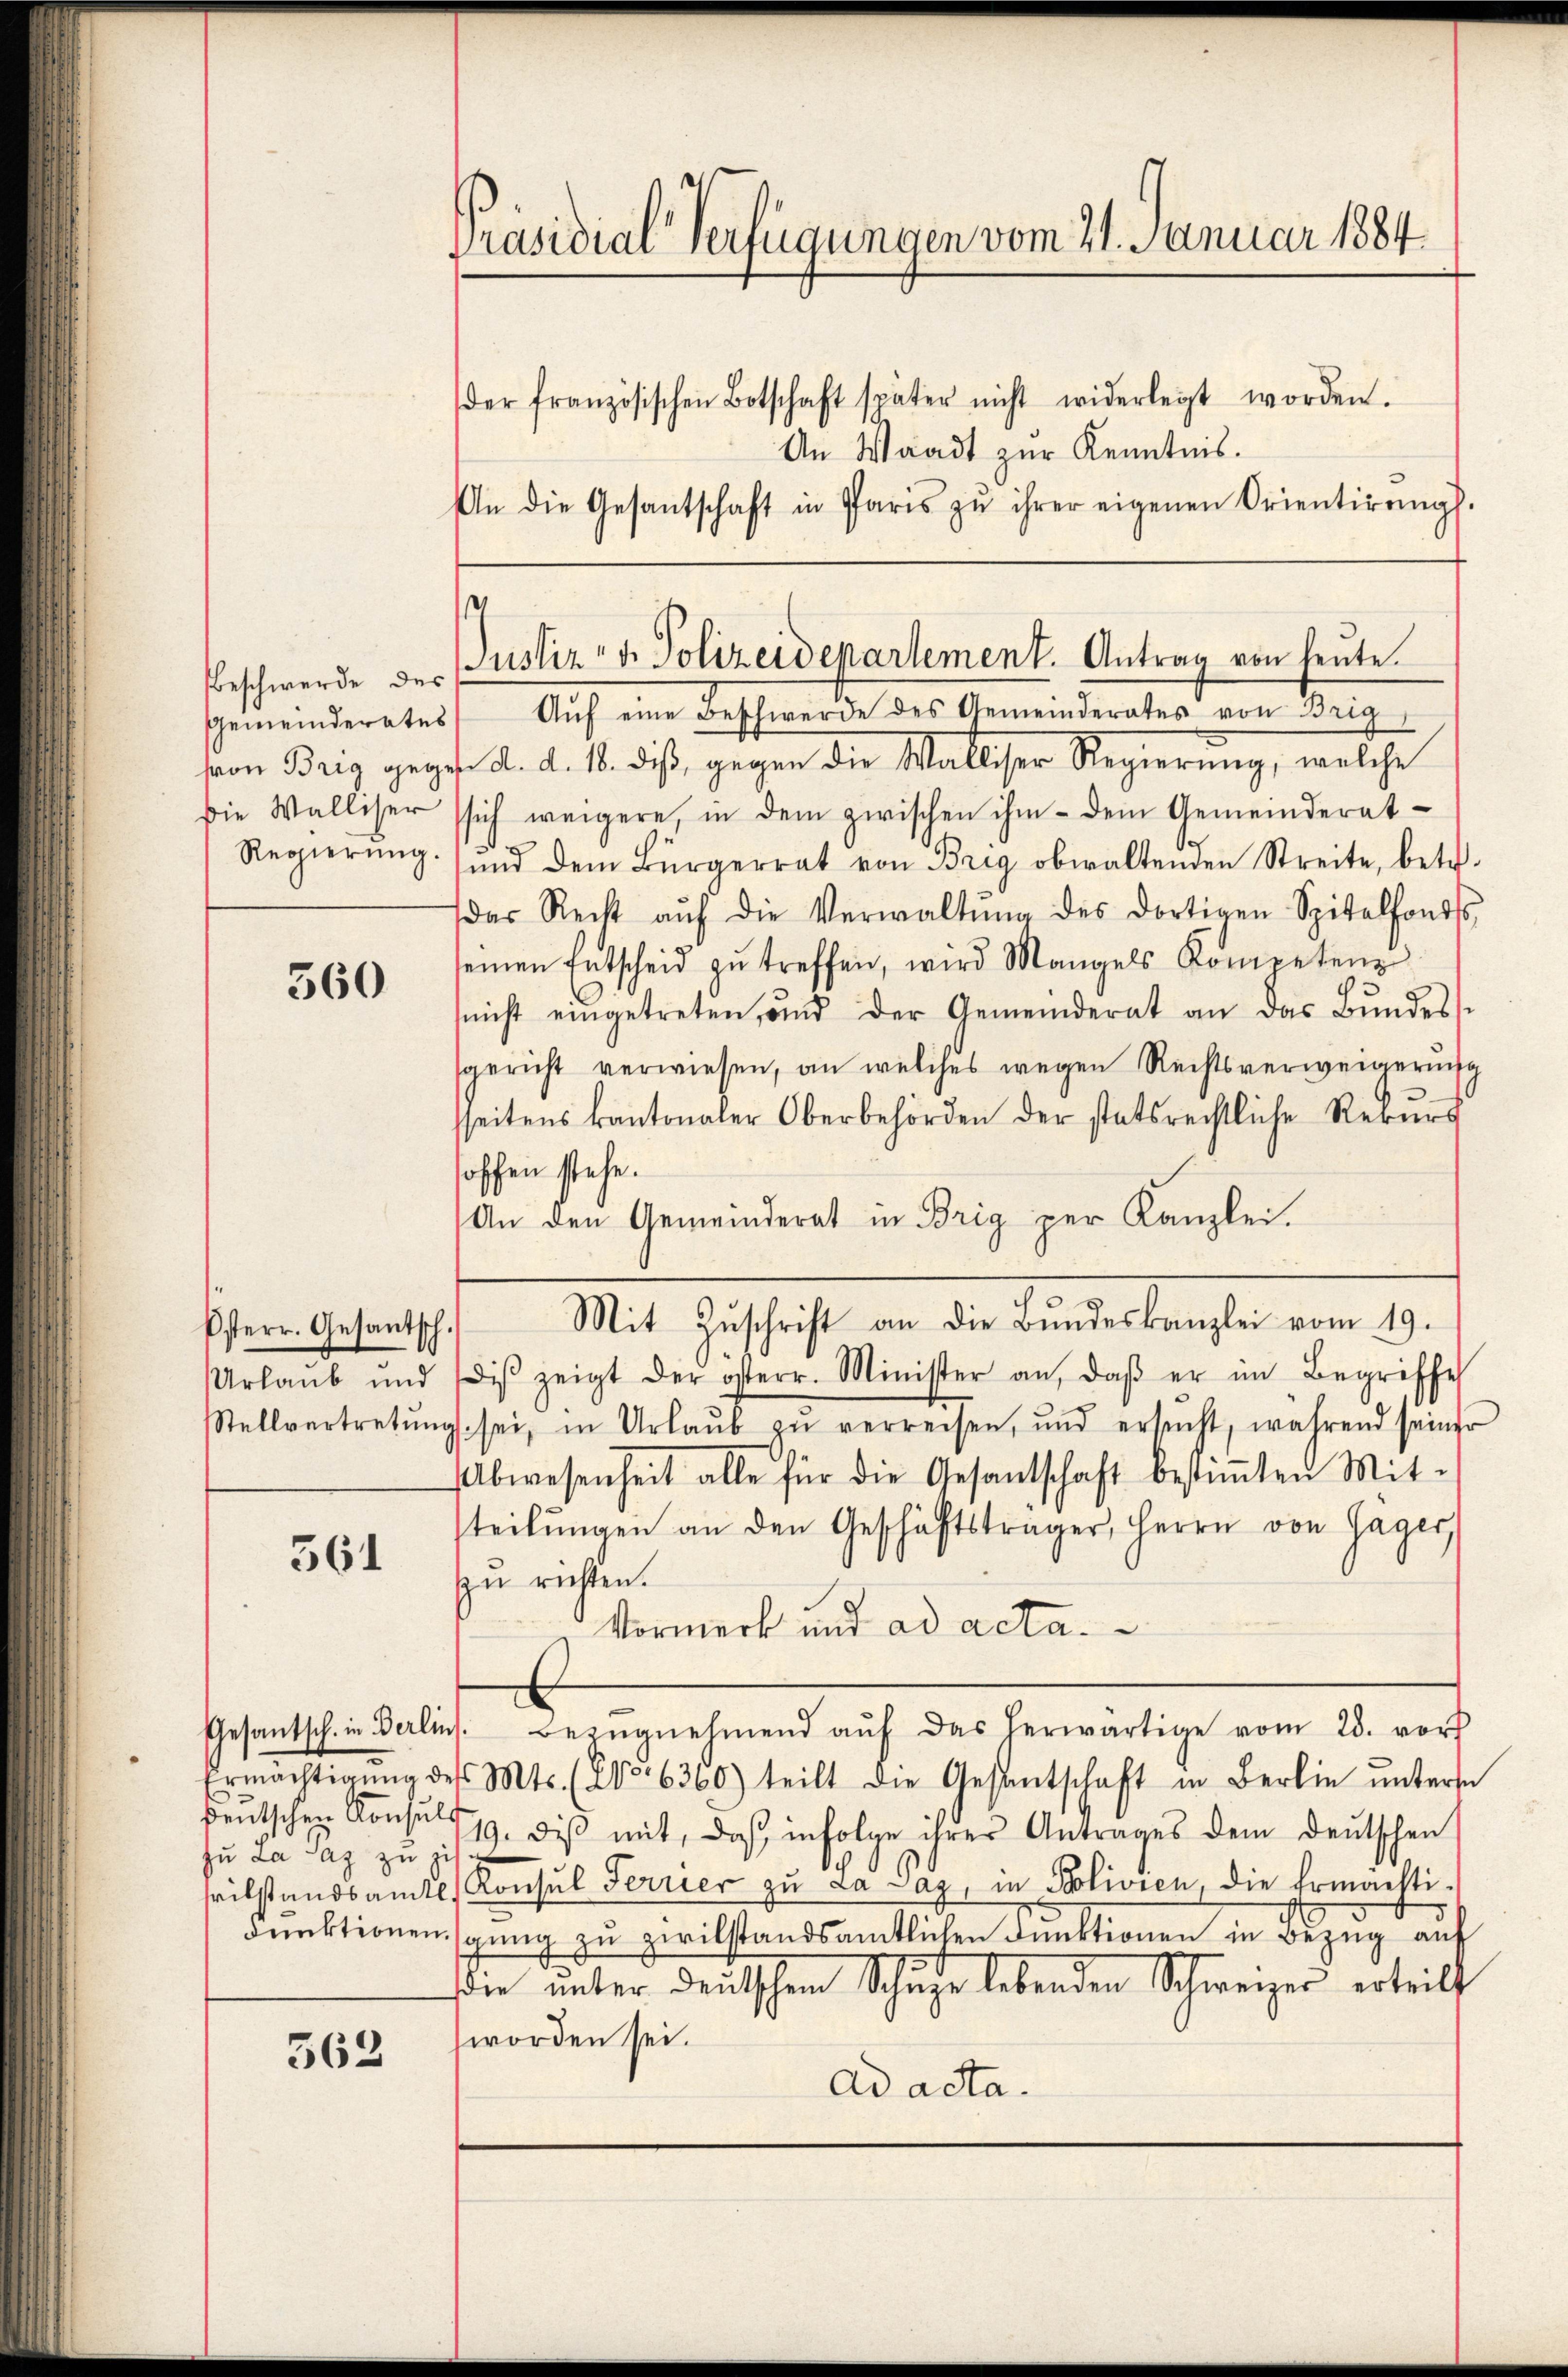
Gemeinderates

560

Präsidial-Verfügungen vom 21. Januar 1884.

der französischen Botschaft später nicht widerlegt worden.
An Waadt zur Kenntnis.
An die Gesantschaft in Paris zŭ ihrer eigenen Orientirŭngs-
Auch ein Beschwerde des Gemeinderates von Beis
von Brig geges. d. d. 18. diβ gegen die Walliser Regierŭng, welche
die Walliser sich weigere, in dem zwischen ihm dem Gemeinderat-
Regierŭng ŭnd dem Bürgerrat von Brig obwaltenden Streite, betr.
das Recht aŭf die Verwaltŭng des dortigen Spitalfonds,
seinen Entscheid zŭ treffen, wird Mangels Kompetenz
nicht eingetreten, und der Gemeinderat an das Bŭndes-
sgericht verwiesen, an welches wegen Rechtsverweigerung
seitens kantonaler Oberbehörden der statsrechtliche Rekŭrs
hoffen stehe.
An den Gemeinderat in Brig per Kanzlei.
Mit Zŭschrift an die Bŭndeskanzlei vom 19.
Osterr. Gesantsch.
Urlaŭb und dis zeigt der österr. Minister an, daβ er im Begriffe
Stellvertretŭng sei, in Urlaŭb zŭ verreisen, und ersŭcht, während seiner
Abwesenheit alle für die Gesandtschaft bestiṁten Mit-
teilŭngen an den Geschäftsträger, Herrn von Gager,
561
zu richten.
Vormerk und ad acta.
Gesantsch. in Berlins. Bezŭgnehmend aŭf das herwärtige vom 28. vor
Ermächtigŭng des Mts. (206360) teilt die Gesantschaft in Berlin ŭnters
heŭtschen Konsuls dis mit, daβ infolge ihres Antrages dem deutschen
zu da Paz zu zu
seilstandsamtl. Konsul Ferrier zu La Paz, in Polivien, die Ermächti¬
Funktionenspung zu zivilstandsamtlichen Funktionen in Bezug auf
die ŭnter deutschen Schuhe lebenden Schweizer erteilt
worden sei.
562
Ad acta.

Beschwerde der Justiz v. Polizeidepartement. Antrag von heute.